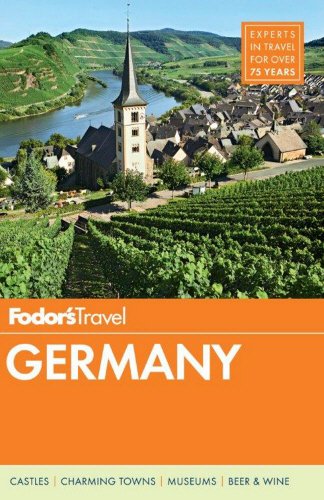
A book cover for Fodor's Germany (Full-color Travel Guide); Fodor's; Travel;